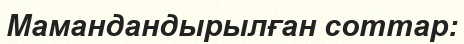
Мамандандырылған соттар: